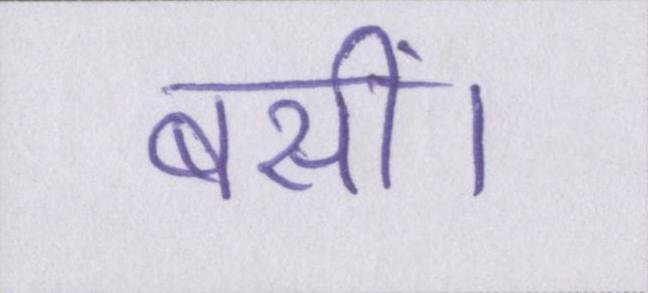
बसीं।